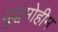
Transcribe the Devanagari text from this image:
युद्धमोहीम